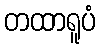
တထာရူပံ